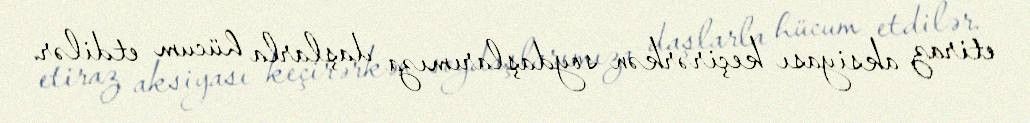
etiraz aksiyası keçirərkən soydaşlarımıza daşlarla hücum etdilər.